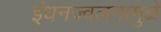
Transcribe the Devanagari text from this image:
इंधनज्वलनामुळे